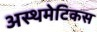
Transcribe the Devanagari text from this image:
अस्थमेटिकस